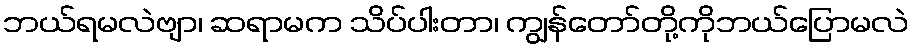
ဘယ်ရမလဲဗျာ၊ ဆရာမက သိပ်ပါးတာ၊ ကျွန်တော်တို့ကိုဘယ်ပြောမလဲ